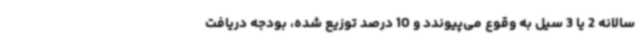
سالانه 2 یا 3 سیل به وقوع می‌پیوندد و 10 درصد توزیع شده، بودجه دریافت